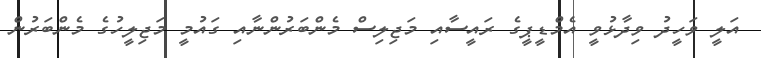
އަލީ ވަހީދު ވިދާޅުވީ އެމްޑީޕީގެ ރައީސާއި މަޖިލިސް މެންބަރުންނާއި ގައުމީ މަޖިލީހުގެ މެންބަރުން